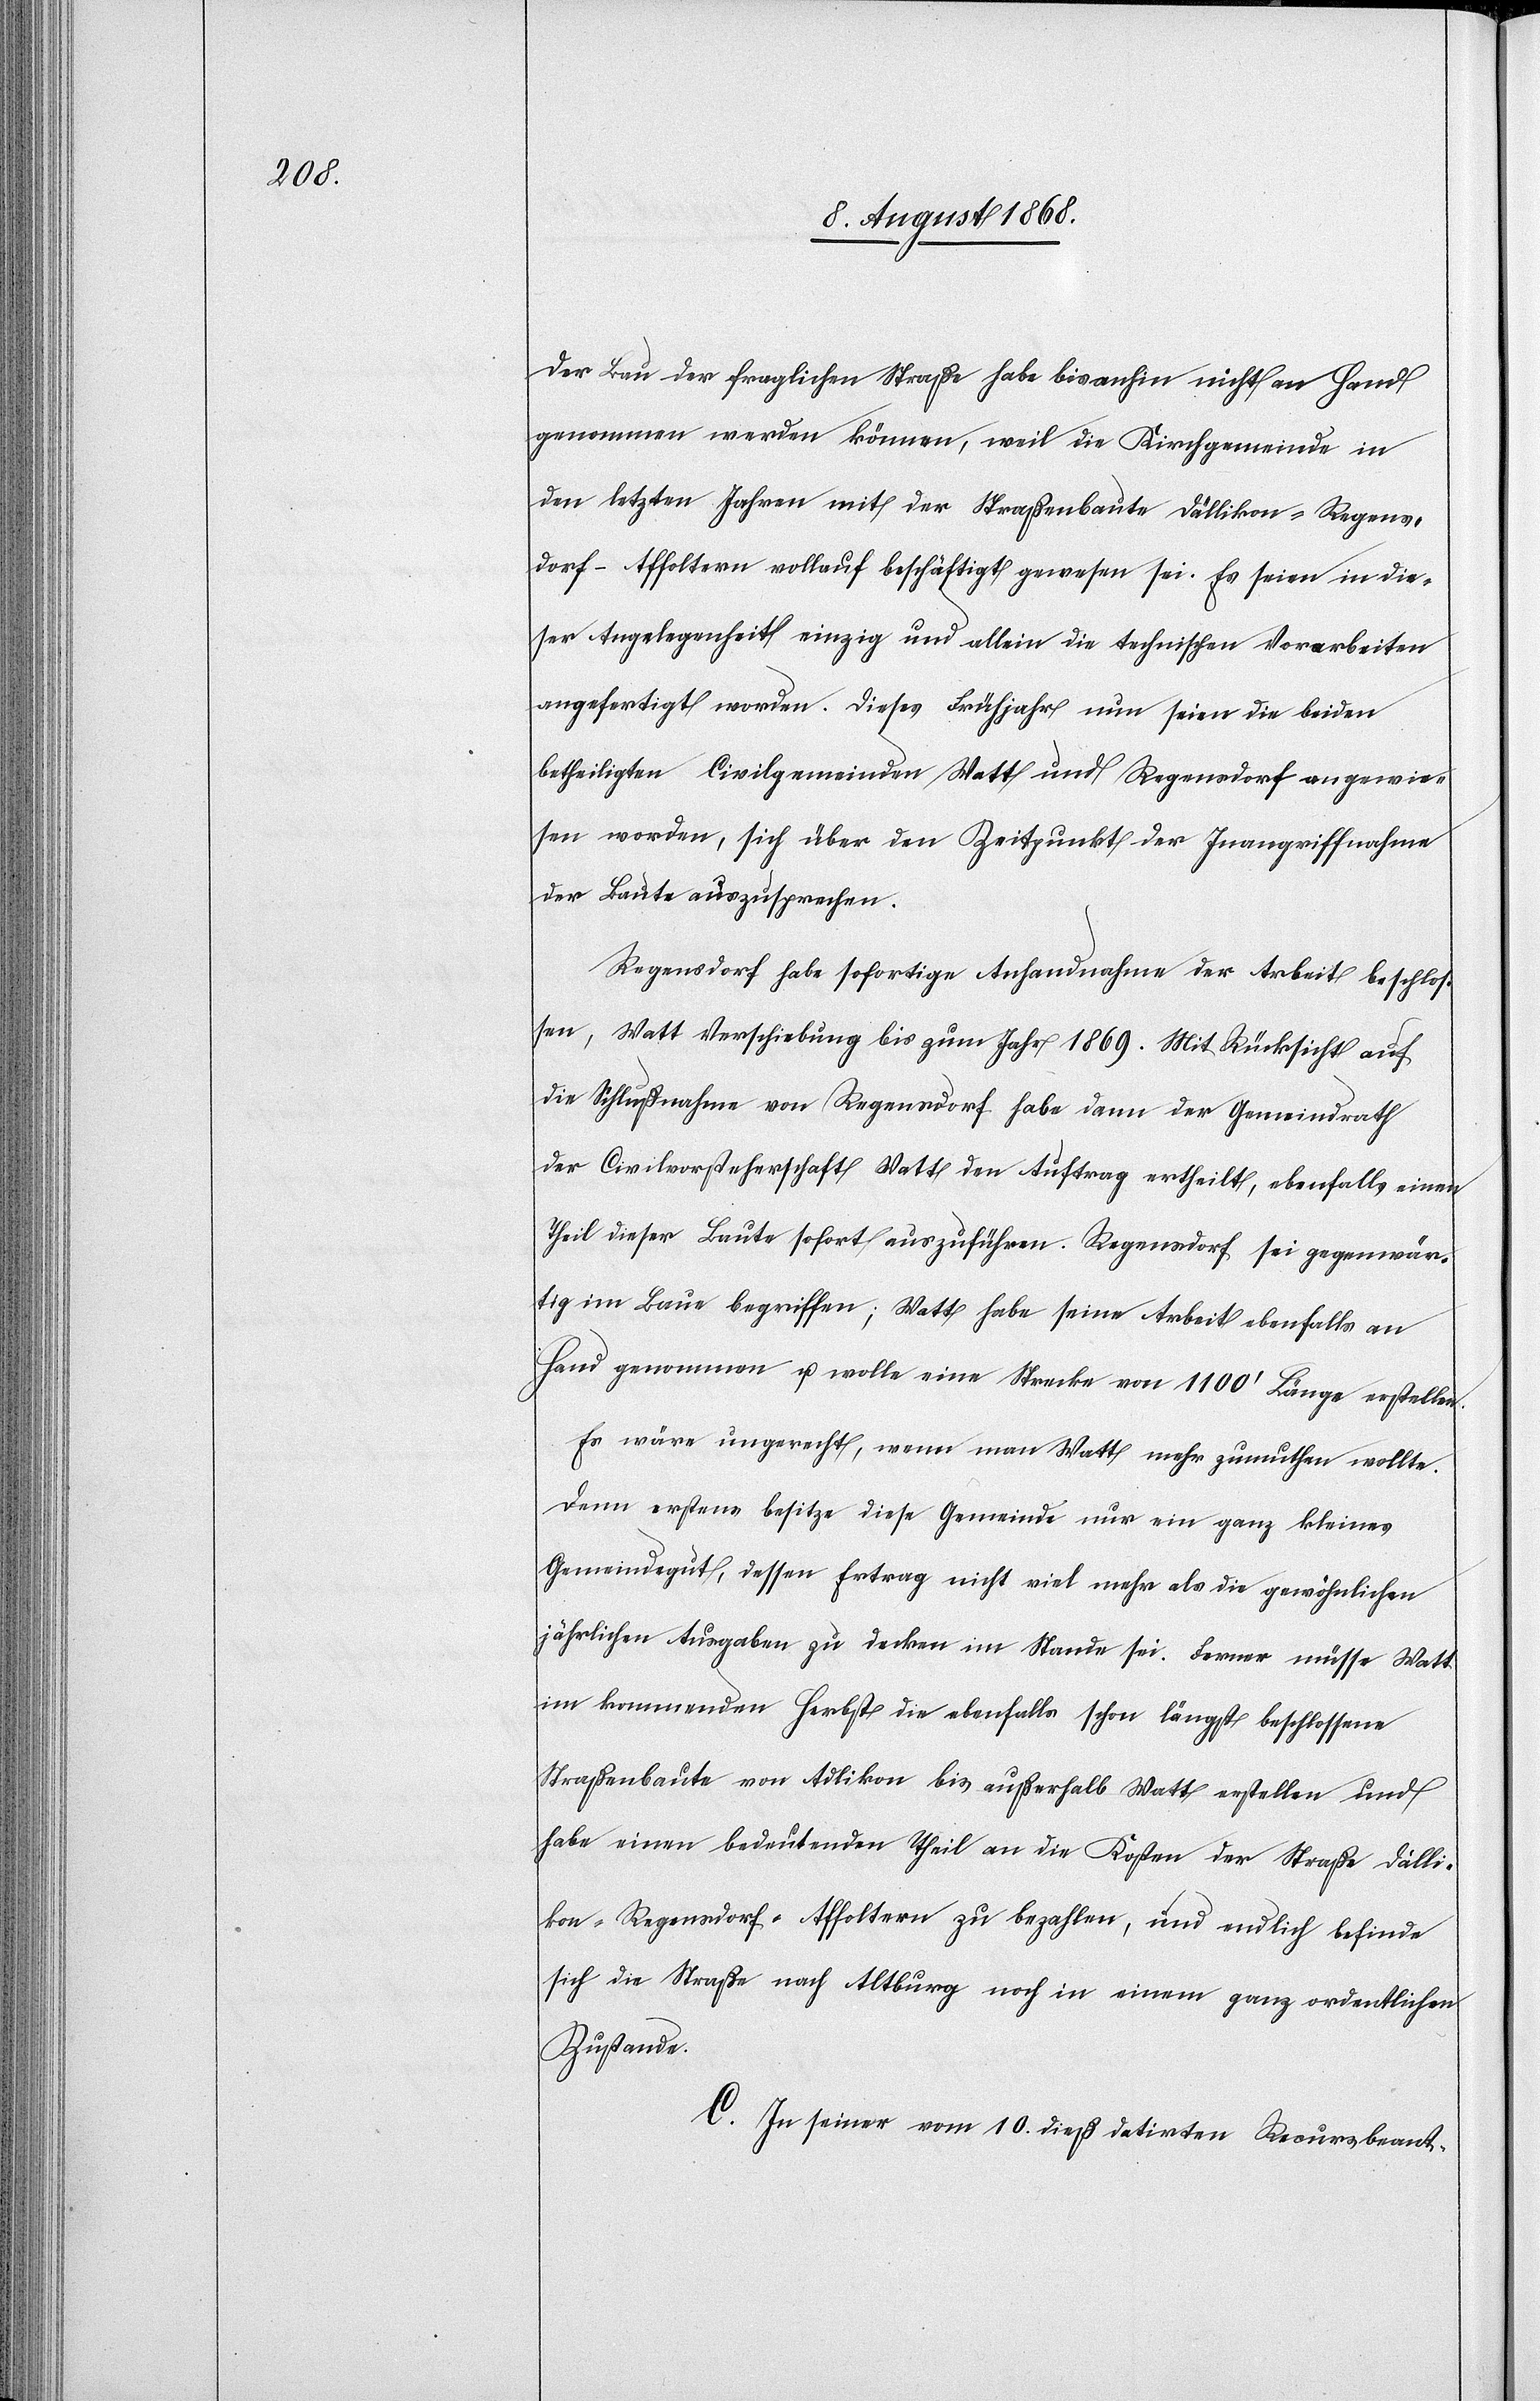
Der Bau der fraglichen Straße habe bisanhin nicht an Hand
genommen werden können, weil die Kirchgemeinde in
den letzten Jahren mit der Straßenbaute Dällikon–Regens¬
dorf–Affoltern vollauf beschäftigt gewesen sei. Es seien in die¬
ser Angelegenheit einzig und allein die technischen Vorarbeiten
angefertigt worden. Dieses Frühjahr nun seien die beiden
betheiligten Civilgemeinden Watt und Regensdorf angewie¬
sen worden, sich über den Zeitpunkt der Inangriffnahme
der Baute auszusprechen.
Regensdorf habe sofortige Anhandnahme der Arbeit beschlos¬
sen, Watt Verschiebung bis zum Jahr 1869. Mit Rücksicht auf
die Schlußnahme von Regensdorf habe dann der Gemeindrath
der Civilvorsteherschaft Watt den Auftrag ertheilt, ebenfalls einen
Theil dieser Baute sofort auszuführen. Regensdorf sei gegenwär¬
tig im Baue begriffen; Watt habe seine Arbeit ebenfalls an
Hand genommen u. wolle eine Strecke von 1100‘ Länge erstellen.
Es wäre ungerecht, wenn man Watt mehr zumuthen wollte.
Denn erstens besitze diese Gemeinde nur ein ganz kleines
Gemeindegut, dessen Ertrag nicht viel mehr als die gewöhnlichen
jährlichen Ausgaben zu decken im Stande sei. Ferner müsse Watt
im kommenden Herbst die ebenfalls schon längst beschlossene
Straßenbaute von Adlikon bis außerhalb Watt erstellen und
habe einen bedeutenden Theil an die Kosten der Straße Dälli¬
kon–Regensdorf–Affoltern zu bezahlen, und endlich befinde
sich die Straße nach Altburg noch in einem ganz ordentlichen
Zustande.
C. In seiner vom 10. dieß datirten Recursbeant-